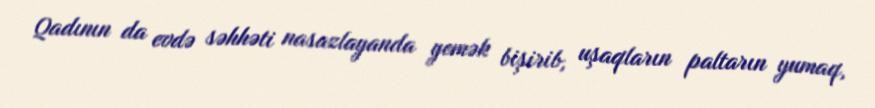
Qadının da evdə səhhəti nasazlayanda yemək bişirib, uşaqların paltarın yumaq,